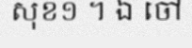
សុខ១ ។ ឯ ចៅ